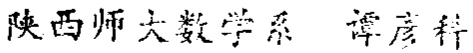
陕西师大数学系 谭彦科